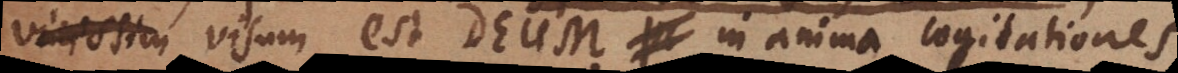
vicissim visum est Deum in anima cogitationes